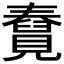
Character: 𧢆